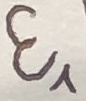
Text: E1